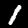
Label: 1